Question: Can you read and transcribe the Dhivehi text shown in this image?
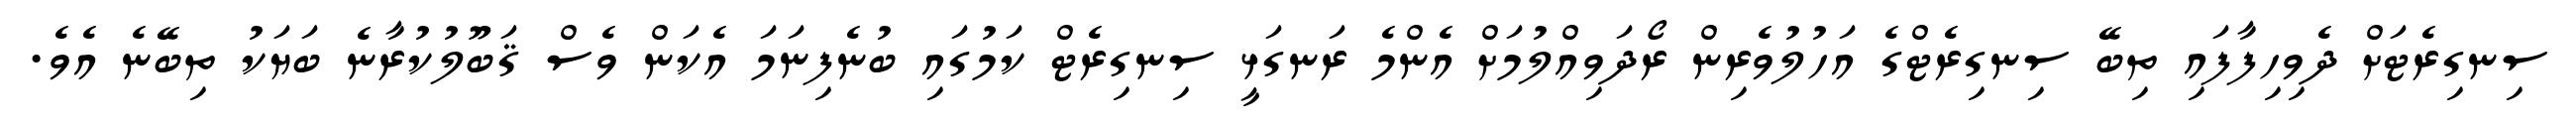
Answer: ސިނގިރެޓަށް ދެވިހިފާފައި ތިބޭ ސިނގިރެޓްގެ އަހުލުވެރިން ރޯދަވިއްލުމަށް އެންމެ ރަނގަޅީ ސިނގިރެޓް ކަމުގައި ބުނެފިނަމަ އެކަން ވެސް ޤަބޫލުކުރާނެ ބަޔަކު ތިބޭނެ އެވެ.